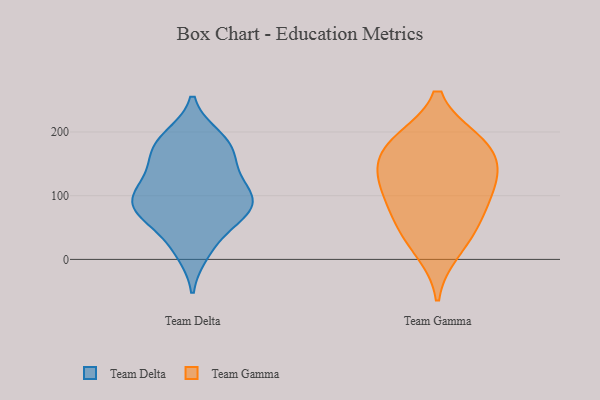
{"axis": {"x": "Population (Million)", "y": "Value"}, "legend": ["Team Delta", "Team Gamma"], "data": [{"x": "", "y": 181, "type": "Team Delta"}, {"x": "", "y": 57, "type": "Team Delta"}, {"x": "", "y": 84, "type": "Team Delta"}, {"x": "", "y": 154, "type": "Team Delta"}, {"x": "", "y": 12, "type": "Team Delta"}, {"x": "", "y": 121, "type": "Team Delta"}, {"x": "", "y": 74, "type": "Team Delta"}, {"x": "", "y": 181, "type": "Team Delta"}, {"x": "", "y": 87, "type": "Team Delta"}, {"x": "", "y": 147, "type": "Team Delta"}, {"x": "", "y": 110, "type": "Team Delta"}, {"x": "", "y": 191, "type": "Team Delta"}, {"x": "", "y": 115, "type": "Team Delta"}, {"x": "", "y": 89, "type": "Team Delta"}, {"x": "", "y": 82, "type": "Team Delta"}, {"x": "", "y": 180, "type": "Team Delta"}, {"x": "", "y": 77, "type": "Team Delta"}, {"x": "", "y": 22, "type": "Team Delta"}, {"x": "", "y": 13, "type": "Team Gamma"}, {"x": "", "y": 144, "type": "Team Gamma"}, {"x": "", "y": 186, "type": "Team Gamma"}, {"x": "", "y": 47, "type": "Team Gamma"}, {"x": "", "y": 125, "type": "Team Gamma"}, {"x": "", "y": 101, "type": "Team Gamma"}, {"x": "", "y": 186, "type": "Team Gamma"}, {"x": "", "y": 93, "type": "Team Gamma"}, {"x": "", "y": 58, "type": "Team Gamma"}, {"x": "", "y": 142, "type": "Team Gamma"}, {"x": "", "y": 179, "type": "Team Gamma"}]}